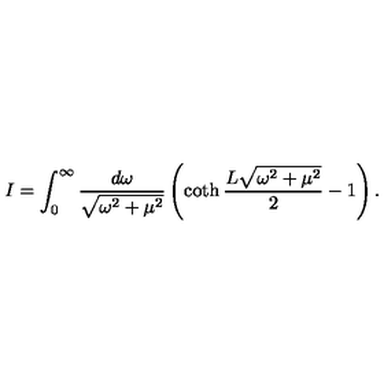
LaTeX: I = \int _ { 0 } ^ { \infty } \frac { d \omega } { \sqrt { \omega ^ { 2 } + \mu ^ { 2 } } } \left( \coth \frac { L \sqrt { \omega ^ { 2 } + \mu ^ { 2 } } } 2 - 1 \right) .